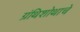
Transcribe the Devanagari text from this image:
ग्रंथिशोथाचे